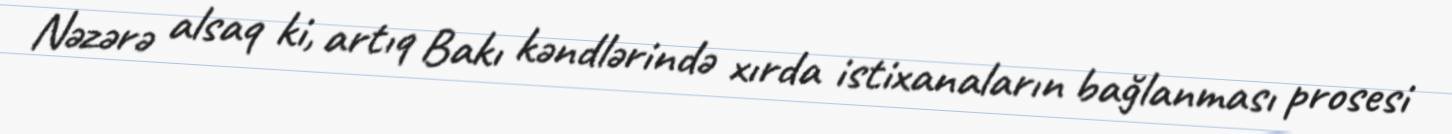
Nəzərə alsaq ki, artıq Bakı kəndlərində xırda istixanaların bağlanması prosesi